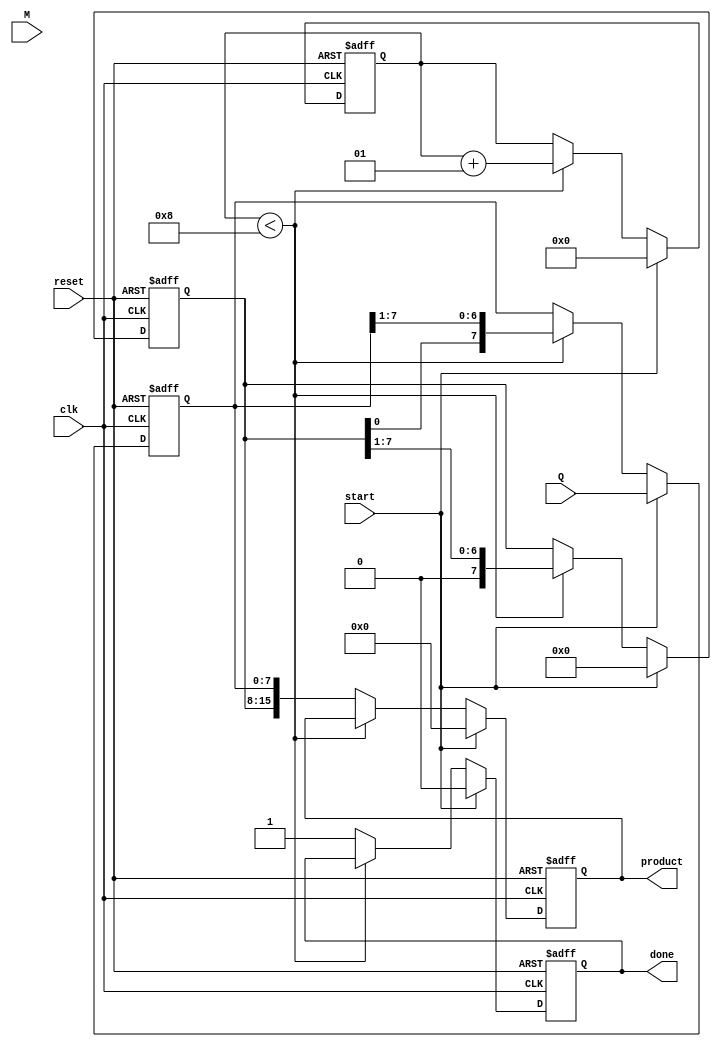
module booth_multiplier #(parameter N = 8) (
    input signed [N-1:0] M,         // Multiplicand
    input signed [N-1:0] Q,         // Multiplier
    input start,                    // Control signal to start multiplication
    input clk,                      // Clock signal
    input reset,                    // Reset signal
    output reg [2*N-1:0] product,   // Output product
    output reg done                 // Multiplication done signal
);

    reg signed [N-1:0] A;            // Accumulator
    reg signed [N-1:0] Q_reg;        // Multiplier Register
    reg Q_1;                         // Previous Q[0]
    integer count;                   // Iteration counter

    always @(posedge clk or posedge reset) begin
        if (reset) begin
            A <= 0;
            Q_reg <= 0;
            Q_1 <= 0;
            product <= 0;
            done <= 0;
            count <= 0;
        end else if (start) begin
            // Initialization
            A <= 0;
            Q_reg <= Q;
            Q_1 <= 0;
            product <= 0;
            done <= 0;
            count <= 0;
        end else if (count < N) begin
            // Booth's algorithm
            case ({Q_reg[0], Q_1})
                2'b01: A <= A + M;          // A = A + M
                2'b10: A <= A - M;          // A = A - M
                default: A <= A;            // No operation
            endcase

            // Arithmetic right shift (A, Q_reg, Q_1)
            {A, Q_reg} <= {A, Q_reg} >> 1; // Shift A and Q together
            Q_1 <= Q_reg[0];               // Update Q-1

            count <= count + 1;            // Increment count
        end else begin
            // Completion
            product <= {A, Q_reg};         // Combine A and Q for final product
            done <= 1;                     // Set done signal
        end
    end
endmodule